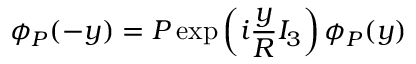
\phi _ { P } ( - y ) = P \exp \left( i \frac { y } { R } I _ { 3 } \right) \phi _ { P } ( y )